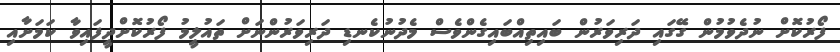
ފޯރުކޮށް ނުދެވުމުން ގޭގައި ދަރިވަރުން ބައިތިއްބައިގެންވެސް މެދުނުކެނޑި ދަރިވަރުންނަށް ތައުލީމު ފޯރުކޮށްދީފައިވާ ކަމަށާއި